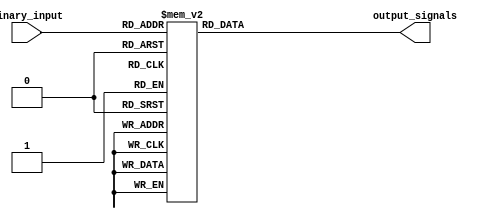
module octal_decoder (
    input [2:0] binary_input,
    output reg [7:0] output_signals
);

always @(*) begin
    case(binary_input)
        3'b000: output_signals = 8'b00000001;
        3'b001: output_signals = 8'b00000010;
        3'b010: output_signals = 8'b00000100;
        3'b011: output_signals = 8'b00001000;
        3'b100: output_signals = 8'b00010000;
        3'b101: output_signals = 8'b00100000;
        3'b110: output_signals = 8'b01000000;
        3'b111: output_signals = 8'b10000000;
        default: output_signals = 8'b00000000;
    endcase
end

endmodule